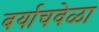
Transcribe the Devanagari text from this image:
बर्याचवेळा